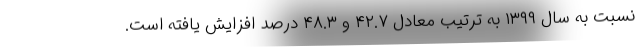
نسبت به سال ۱۳۹۹ به ترتیب معادل ۴۲.۷ و ۴۸.۳ درصد افزایش یافته است.